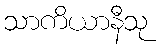
သာကိယာနီသု